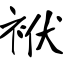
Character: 袱